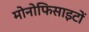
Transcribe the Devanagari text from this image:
मोनोफिसाइटों